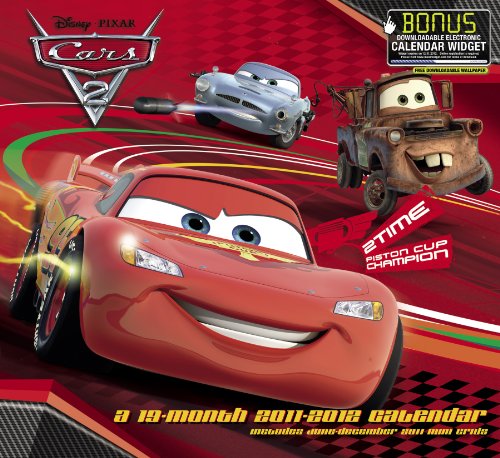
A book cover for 2012 Cars 2 Wall Calendar; Day Dream; Calendars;